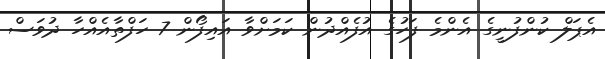
އެޕަލް ކުންފުނީގެ އެންމެ ފަހުގެ އުފެއްދުން ކަމަށްވާ އައިފޯން 7 ހަފްތާއެއްހާ ދުވަސް